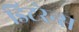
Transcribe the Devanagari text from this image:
डिटरेन्स